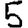
Digit: 5